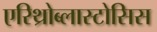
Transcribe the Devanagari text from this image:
एरिथ्रोब्लास्टोसिस